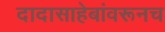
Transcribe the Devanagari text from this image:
दादासाहेबांवरूनच